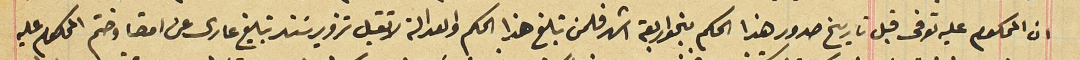
ان المحكوم عليه توفى قبل تاريخ صدور هذا الحكم بنحو اربعة اشهر فلمن تبلغ هذا الحكم والعدالة لا تقبل تزوير سَند تبليغ عارى عن امضا وختم المحكوم عليه